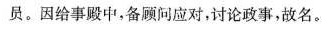
员。因给事殿中，备顾问应对，讨论政事，故名。